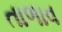
તાળાવ